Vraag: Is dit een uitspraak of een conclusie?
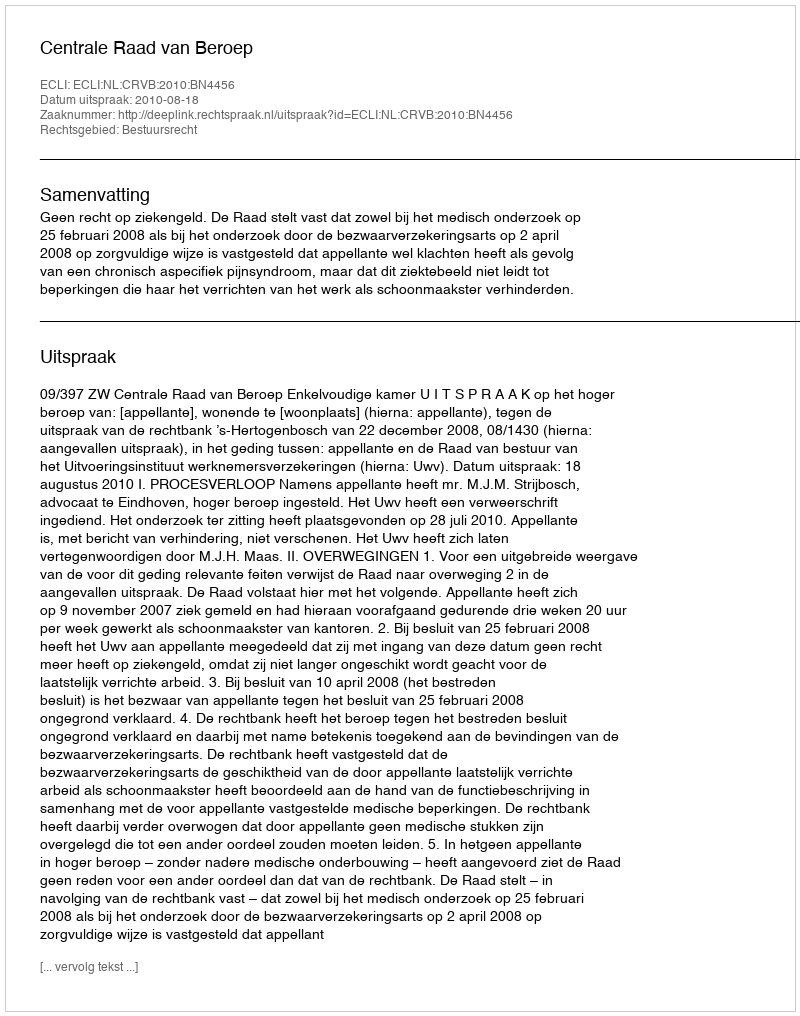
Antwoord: Uitspraak